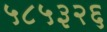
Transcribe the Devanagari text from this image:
५८५३२६